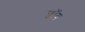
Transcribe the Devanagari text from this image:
ज्वॉय